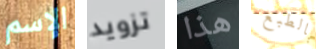
الإسم تزويد هذا بالطبع